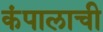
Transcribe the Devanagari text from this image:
कंपालाची